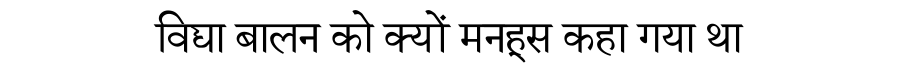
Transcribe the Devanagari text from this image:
विद्या बालन को क्यों मनहूस कहा गया था